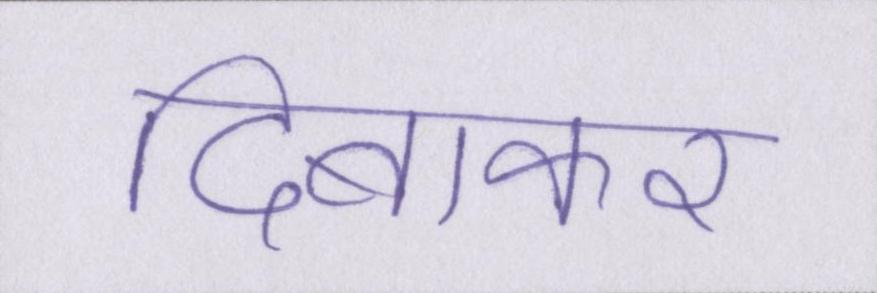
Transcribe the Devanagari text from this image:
दिबाकर